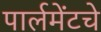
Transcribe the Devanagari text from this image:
पार्लमेंटचे